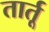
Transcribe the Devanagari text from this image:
तार्तू